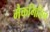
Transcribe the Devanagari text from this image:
मैकगिलिन